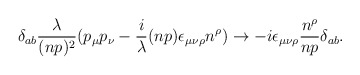
\begin{align*}\delta_{ab} {\lambda \over (np)^2}(p_\mu p_\nu - {i\over \lambda} (np)\epsilon_{\mu\nu\rho} n^\rho ) \rightarrow-i \epsilon_{\mu\nu\rho} {n^\rho \over n p} \delta_{ab}.\end{align*}